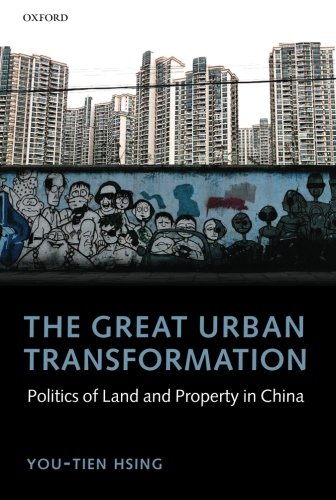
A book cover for The Great Urban Transformation: Politics of Land and Property in China; You-tien Hsing; Business & Money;